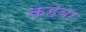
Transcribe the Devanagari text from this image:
क़हबा